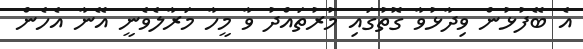
އެ ބޭފުޅުން ވިދާޅުވާ ގޮތުގައި މުރުތައްދު ވާ މީހާ މަރާލެވެނީ އޭނާ އެހެން